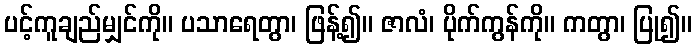
ပင့်ကူချည်မျှင်ကို။ ပသာရေတွာ၊ ဖြန့်၍။ ဇာလံ၊ ပိုက်ကွန်ကို။ ကတွာ၊ ပြု၍။